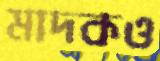
মাদকও